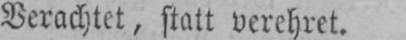
Verachtet, statt verehret.